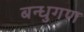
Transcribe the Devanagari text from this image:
बन्धुगण